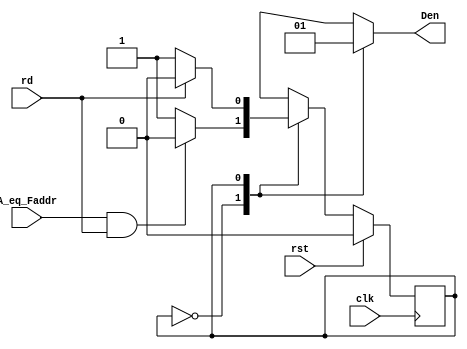
module control(clk,rst,rd,A_eq_Faddr,Den);
  parameter s0=1'b0,s1=1'b1;
  input clk,rst,rd;
  input A_eq_Faddr;
  output reg Den;
  reg ps,ns;
  
  always @(posedge clk)
  begin 
    if(rst)
    begin 
        ps<=s0;
    end
    else 
    begin 
        ps<=ns;
    end
  end
  
  always @(ps,A_eq_Faddr,rd)
  begin
    case(ps)
      s0: 
        begin
          ns=A_eq_Faddr && rd?ps:s1;
        end
      s1: 
        begin
          ns=rd?s0:ps;
        end
      default:
        begin
          ns=s0;
        end
    endcase
  end
  always @(ps)
  begin
    case(ps)
      s0: Den=0;
      s1:Den=1;
    endcase
  end
endmodule